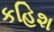
કહિશ